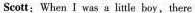
Scott:When I was a litle boy,there